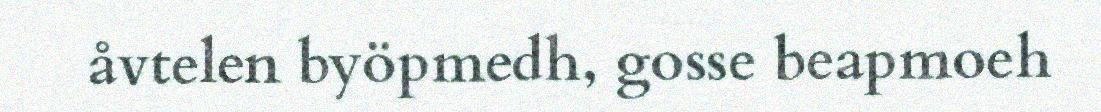
åvtelen byöpmedh, gosse beapmoeh